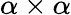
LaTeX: \alpha\times\alpha